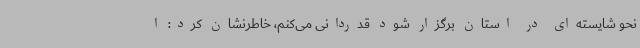
نحو شایسته‌ای در استان برگزار شود قدردانی می‌کنم، خاطرنشان کرد: ا